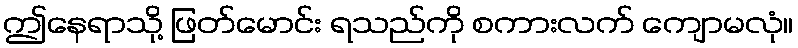
ဤနေရာသို့ ဖြတ်မောင်း ရသည်ကို စကားလက် ကျောမလုံ။